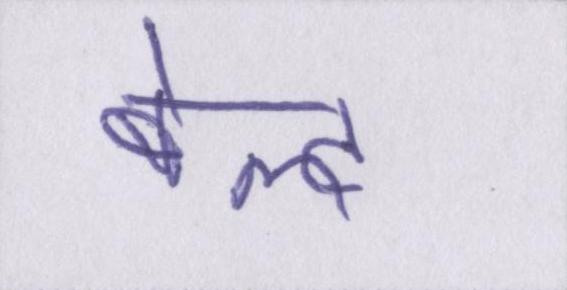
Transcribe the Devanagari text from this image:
बेल्ट